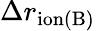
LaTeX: \Delta r_{\mathrm{ion(B)}}